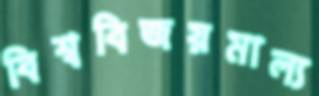
বিশ্ববিজয়মাল্য